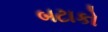
બટાકો